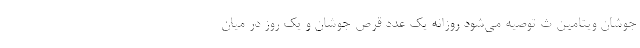
جوشان ویتامین ث توصیه می‌شود روزانه یک عدد قرص جوشان و یک روز در میان